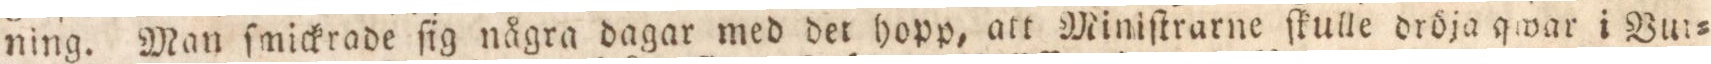
ning. Man ſmickrade ſig några dagar med der hopp, att Miniſtrarne ſkulle dröja qwar i But=